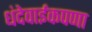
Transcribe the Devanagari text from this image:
धंदेवाईकपणा